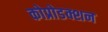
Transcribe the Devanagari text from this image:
कोप्रोडक्शन